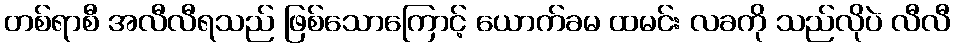
တစ်ရာစီ အလီလီရသည် ဖြစ်သောကြောင့် ယောက်ခမ ထမင်း လခကို သည်လိုပဲ လီလီ